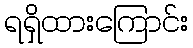
ရရှိထားကြောင်း